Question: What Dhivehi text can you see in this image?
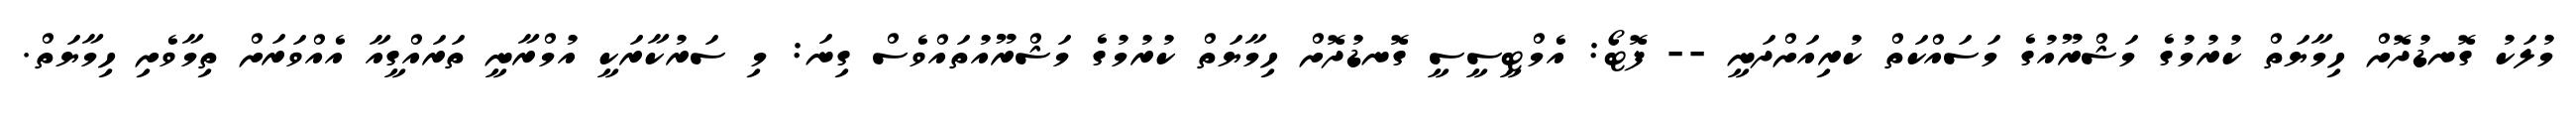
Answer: މުލަކު ގޮނޑުދޮށް ހިމާޔަތް ކުރުމުގެ މަޝްރޫއުގެ މަސައްކަތް ކުރިއަށްދަނީ -- ފޮޓޯ: އެމްޓީސީސީ ގޮނޑުދޮށް ހިމާޔަތް ކުރުމުގެ މަޝްރޫއުތައްވެސް ގިނަ: މި ސަރުކާރަކީ އުމްރާނީ ތަރައްގީއާ އެއްވަރަށް ތިމާވެށި ހިމާޔަތް.